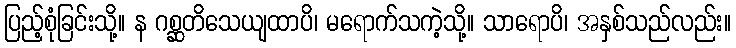
ပြည့်စုံခြင်းသို့။ န ဂစ္ဆတိသေယျထာပိ၊ မရောက်သကဲ့သို့။ သာရောပိ၊ အနှစ်သည်လည်း။